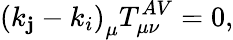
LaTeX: \left(k_{\mathbf{j}}-k_{i}\right)_{\mu}T_{\mu\nu}^{AV}=0,